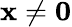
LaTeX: \mathbf{x}\neq\mathbf{0}